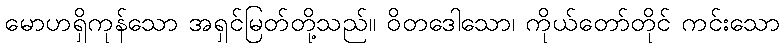
မောဟရှိကုန်သော အရှင်မြတ်တို့သည်။ ဝိတဒေါသော၊ ကိုယ်တော်တိုင် ကင်းသော